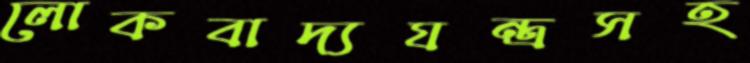
লোকবাদ্যযন্ত্রসহ